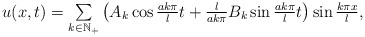
\begin{align*} \begin{array}{cc} u(x,t)=\sum\limits_{k\in \mathbb{N}_{+}}\left(A_{k}\cos\frac{ak\pi }{l}t+\frac{l}{ak\pi }B_{k}\sin\frac{ak\pi}{l}t\right)\sin\frac{k\pi x}{l}, \end{array} \end{align*}